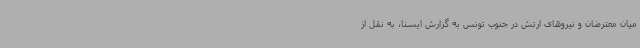
میان معترضان و نیروهای ارتش در جنوب تونس به گزارش ایسنا، به نقل از